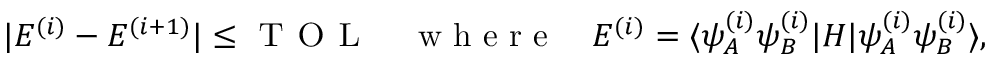
\lvert E ^ { ( i ) } - E ^ { ( i + 1 ) } \rvert \le \textsc { T O L } \quad \mathrm { ~ w ~ h ~ e ~ r ~ e ~ } \quad E ^ { ( i ) } = \langle \psi _ { A } ^ { ( i ) } \psi _ { B } ^ { ( i ) } | H | \psi _ { A } ^ { ( i ) } \psi _ { B } ^ { ( i ) } \rangle ,